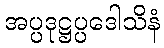
အပ္ပဒုဋ္ဌပ္ပဒေါသိနံ